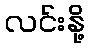
လင်းနို့